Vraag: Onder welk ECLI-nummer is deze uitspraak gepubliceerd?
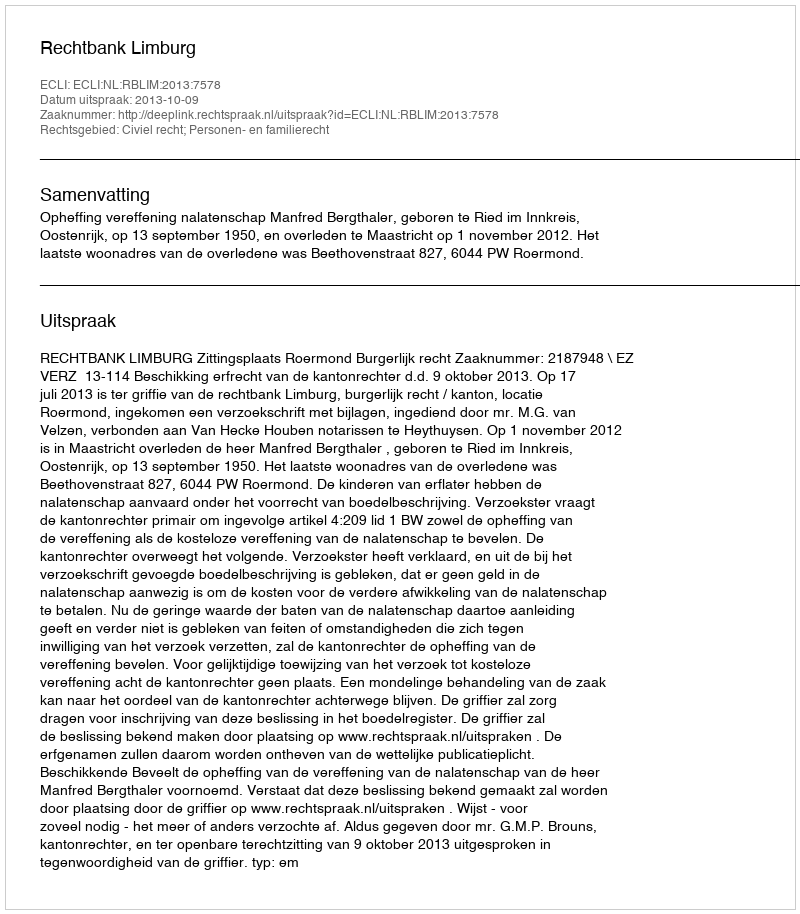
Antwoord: ECLI:NL:RBLIM:2013:7578